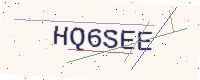
Text: HQ6SEE